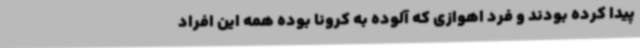
پیدا کرده بودند و فرد اهوازی که آلوده به کرونا بوده همه این افراد